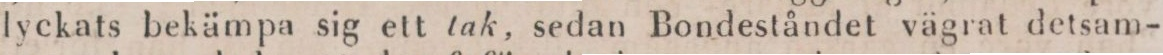
lyckats bekämpa sig ett tak, sedan Bondeståndet vägrat detsam-